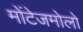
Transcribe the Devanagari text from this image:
मोंटेजमोलो